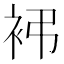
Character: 䘟